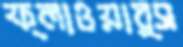
ফ্লাওয়ার্স